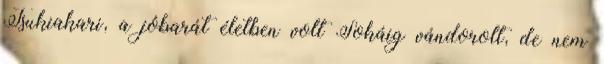
Tsukiakari, a jóbarát életben volt Sokáig vándorolt, de nem